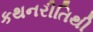
કથનરીતિથી